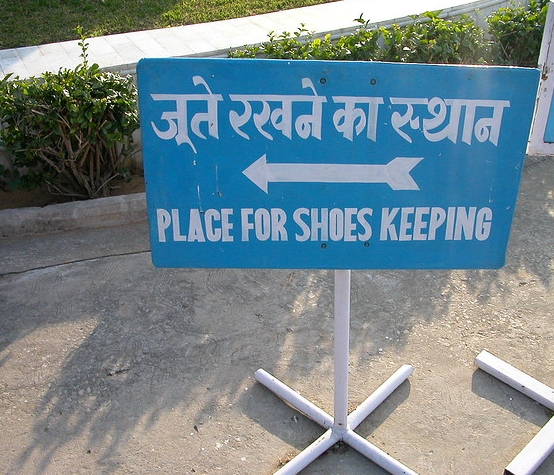
Language: hindi
Transcription: स्थान का रखने जूते